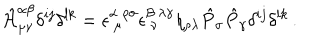
\hat { \cal H } _ { \mu \nu } ^ { \alpha \beta } \delta ^ { i j } \delta ^ { l k } = \epsilon _ { ~ \mu } ^ { \alpha ~ \rho \sigma } \epsilon _ { ~ \nu } ^ { \beta ~ \lambda \gamma } \eta _ { \rho \lambda } \hat { P } _ { \sigma } \hat { P } _ { \gamma } \delta ^ { i j } \delta ^ { l k } \, .